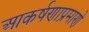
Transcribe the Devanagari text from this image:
आकर्षणाप्रमाणे